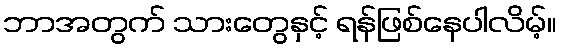
ဘာအတွက် သားတွေနှင့် ရန်ဖြစ်နေပါလိမ့်။